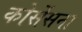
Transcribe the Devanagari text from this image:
कोर्सेसना